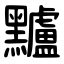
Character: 黸